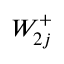
W _ { 2 j } ^ { + }